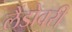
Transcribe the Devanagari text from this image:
लैंडोवरी